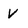
Character: V